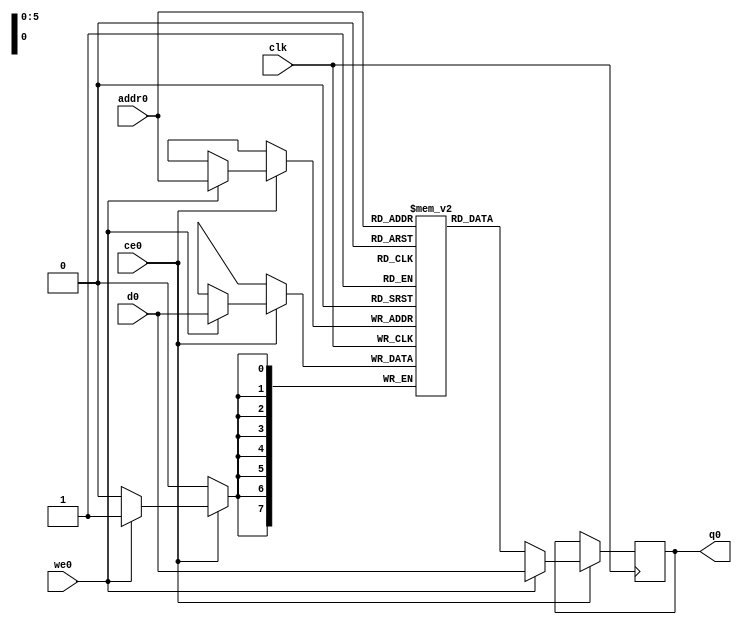
// ==============================================================
// File generated by Vivado(TM) HLS - High-Level Synthesis from C, C++ and SystemC
// Version: 2017.4.op
// Copyright (C) 1986-2018 Xilinx, Inc. All Rights Reserved.
// 
// ==============================================================

`timescale 1 ns / 1 ps
module app_aes_process_8_s_table_0_0_V_ram (addr0, ce0, d0, we0, q0,  clk);

parameter DWIDTH = 8;
parameter AWIDTH = 6;
parameter MEM_SIZE = 64;

input[AWIDTH-1:0] addr0;
input ce0;
input[DWIDTH-1:0] d0;
input we0;
output reg[DWIDTH-1:0] q0;
input clk;

(* ram_style = "distributed" *)reg [DWIDTH-1:0] ram[0:MEM_SIZE-1];




always @(posedge clk)  
begin 
    if (ce0) 
    begin
        if (we0) 
        begin 
            ram[addr0] <= d0; 
            q0 <= d0;
        end 
        else 
            q0 <= ram[addr0];
    end
end


endmodule


`timescale 1 ns / 1 ps
module app_aes_process_8_s_table_0_0_V(
    reset,
    clk,
    address0,
    ce0,
    we0,
    d0,
    q0);

parameter DataWidth = 32'd8;
parameter AddressRange = 32'd64;
parameter AddressWidth = 32'd6;
input reset;
input clk;
input[AddressWidth - 1:0] address0;
input ce0;
input we0;
input[DataWidth - 1:0] d0;
output[DataWidth - 1:0] q0;



app_aes_process_8_s_table_0_0_V_ram app_aes_process_8_s_table_0_0_V_ram_U(
    .clk( clk ),
    .addr0( address0 ),
    .ce0( ce0 ),
    .d0( d0 ),
    .we0( we0 ),
    .q0( q0 ));

endmodule